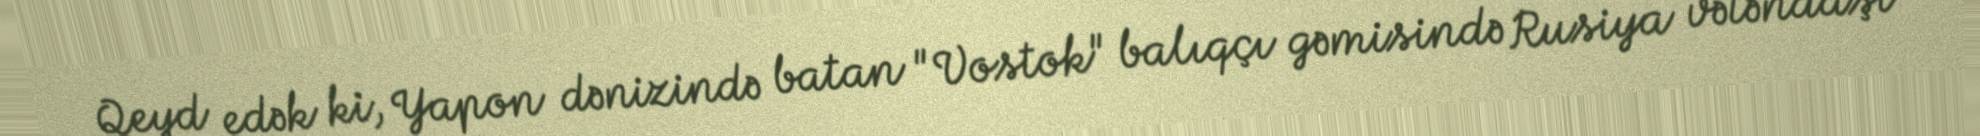
Qeyd edək ki, Yapon dənizində batan "Vostok" balıqçı gəmisində Rusiya vətəndaşı